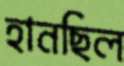
হানছিল